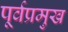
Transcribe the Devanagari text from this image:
पूर्वप्रमुख